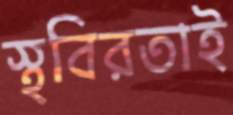
স্থবিরতাই